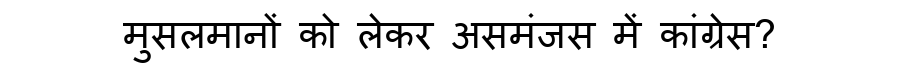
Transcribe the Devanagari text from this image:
मुसलमानों को लेकर असमंजस में कांग्रेस?